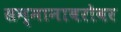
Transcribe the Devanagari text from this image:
सन्मानाबरोबर